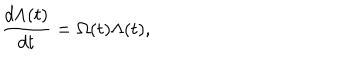
LaTeX: \frac { d \Lambda ( t ) } { d t } = \Omega ( t ) \Lambda ( t ) ,